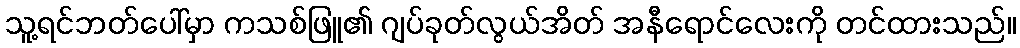
သူ့ရင်ဘတ်ပေါ်မှာ ကသစ်ဖြူ၏ ဂျပ်ခုတ်လွယ်အိတ် အနီရောင်လေးကို တင်ထားသည်။